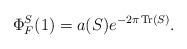
LaTeX: \begin{align*} \Phi_F^{S}(1) = a(S) e^{-2 \pi\,{\rm Tr}(S)}. \end{align*}